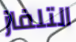
التلفاز